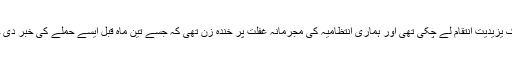
کمانڈ وز ڈیڑھ گھنٹہ بعد پہنچے جب تک یزیدیت انتقام لے چکی تھی اور ہماری انتظامیہ کی مجرمانہ غفلت پر خندہ زن تھی کہ جسے تین ماہ قبل ایسے حملے کی خبر دی جا چکی تھی اور وہ پھر بھی غافل رہی۔